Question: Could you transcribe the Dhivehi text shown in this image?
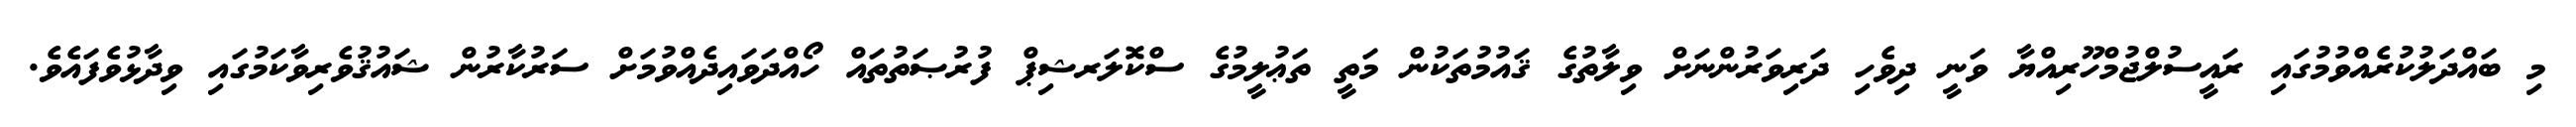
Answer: މި ބައްދަލުކުރެއްވުމުގައި ރައީސުލްޖުމްހޫރިއްޔާ ވަނީ ދިވެހި ދަރިވަރުންނަށް ވިލާތުގެ ޤައުމުތަކުން މަތީ ތަޢުލީމުގެ ސްކޮލަރޝިޕް ފުރުޞަތުތައް ހޯއްދަވައިދެއްވުމަށް ސަރުކާރުން ޝައުޤުވެރިވާކަމުގައި ވިދާޅުވެފައެވެ.